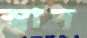
স্বাদ